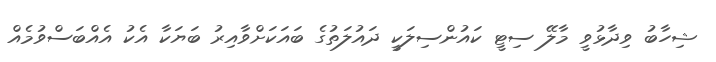
ޝިހާބު ވިދާޅުވީ މާލޭ ސިޓީ ކައުންސިލަކީ ދައުލަތުގެ ބައަކަށްވާއިރު ބަޔަކާ އެކު އެއްބަސްވުމެއް